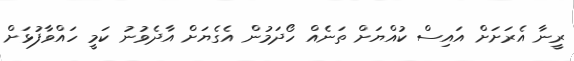
ރީނާ އެރަށަށް އައިސް ކުއްޔަށް ތަނެއް ހޯދަމުން އެގެޔަށް އާދެވުނު ކަމީ ހައްވާފުޅަށް